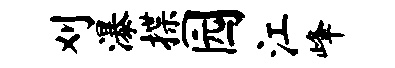
刈瀑揲园江峰